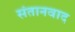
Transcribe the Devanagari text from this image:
संतानवाद